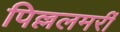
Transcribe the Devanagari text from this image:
पिल्ललमर्री